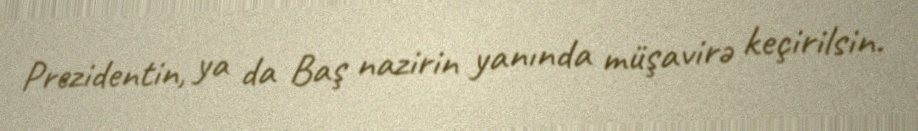
Prezidentin, ya da Baş nazirin yanında müşavirə keçirilsin.